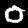
Digit: 0